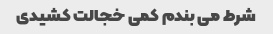
شرط می بندم کمی خجالت کشیدی